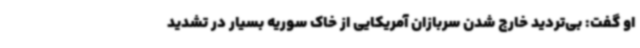
او گفت: بی‌تردید خارج شدن سربازان آمریکایی از خاک سوریه بسیار در تشدید